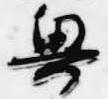
興